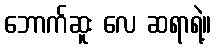
ဘောက်ဆူး လေ ဆရာရဲ့။